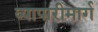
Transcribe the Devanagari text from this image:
व्यापारीमार्ग